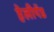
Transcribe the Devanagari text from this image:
हेलीपॅड